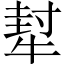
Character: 犎